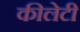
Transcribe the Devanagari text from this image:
कीलेटी